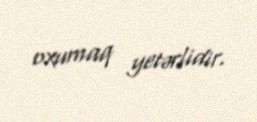
oxumaq yetərlidir.